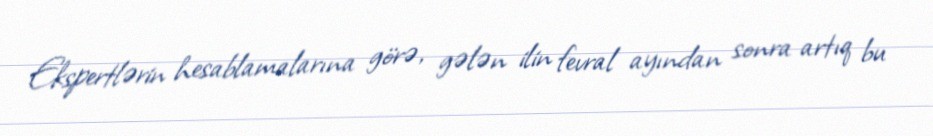
Ekspertlərin hesablamalarına görə, gələn ilin fevral ayından sonra artıq bu